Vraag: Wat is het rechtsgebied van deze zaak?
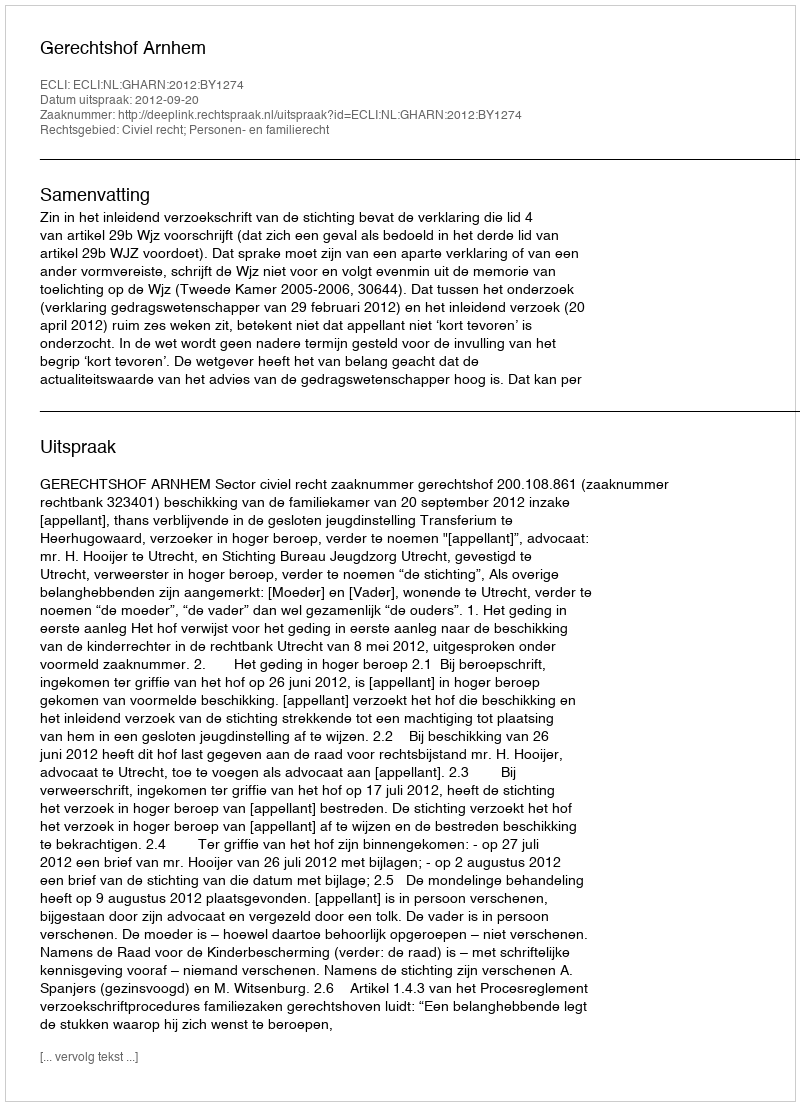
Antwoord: Civiel recht; Personen- en familierecht